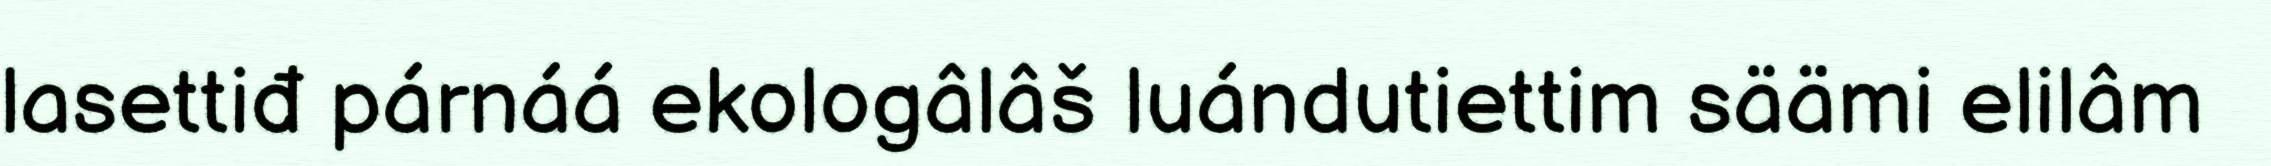
lasettiđ párnáá ekologâlâš luándutiettim säämi elilâm